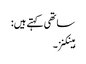
ساتھی کہتے ہیں:
ہینکنز۔